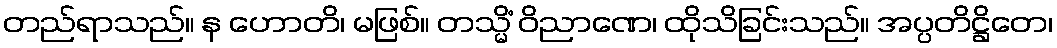
တည်ရာသည်။ န ဟောတိ၊ မဖြစ်။ တသ္မိံ ဝိညာဏေ၊ ထိုသိခြင်းသည်။ အပ္ပတိဋ္ဌိတေ၊